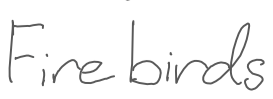
Text: Firebirds
Cross-out: clean
Writing tool: digital_gray